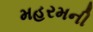
મહરમની